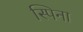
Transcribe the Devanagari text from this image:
स्पिना